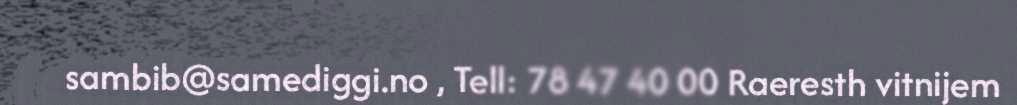
sambib@samediggi.no , Tell: 78 47 40 00 Raeresth vitnijem